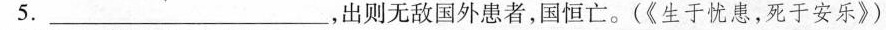
5.___，出则无敌国外患者，国恒亡。(《生于忧患，死于安乐》